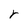
Character: r